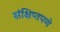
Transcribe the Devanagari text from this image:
संक्षिप्‍तपणे